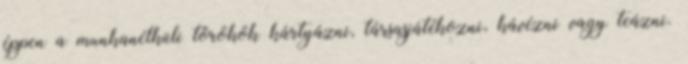
éppen a munkanélküli törökök kártyázni, társasjátékozni, kávézni vagy teázni.